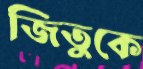
জিতুকে